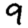
Digit: 9